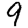
Digit: 9